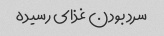
سرد بودن غذای رسیده